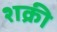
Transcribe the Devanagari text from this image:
शक्री